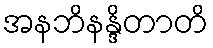
အနဘိနန္ဒိတာတိ